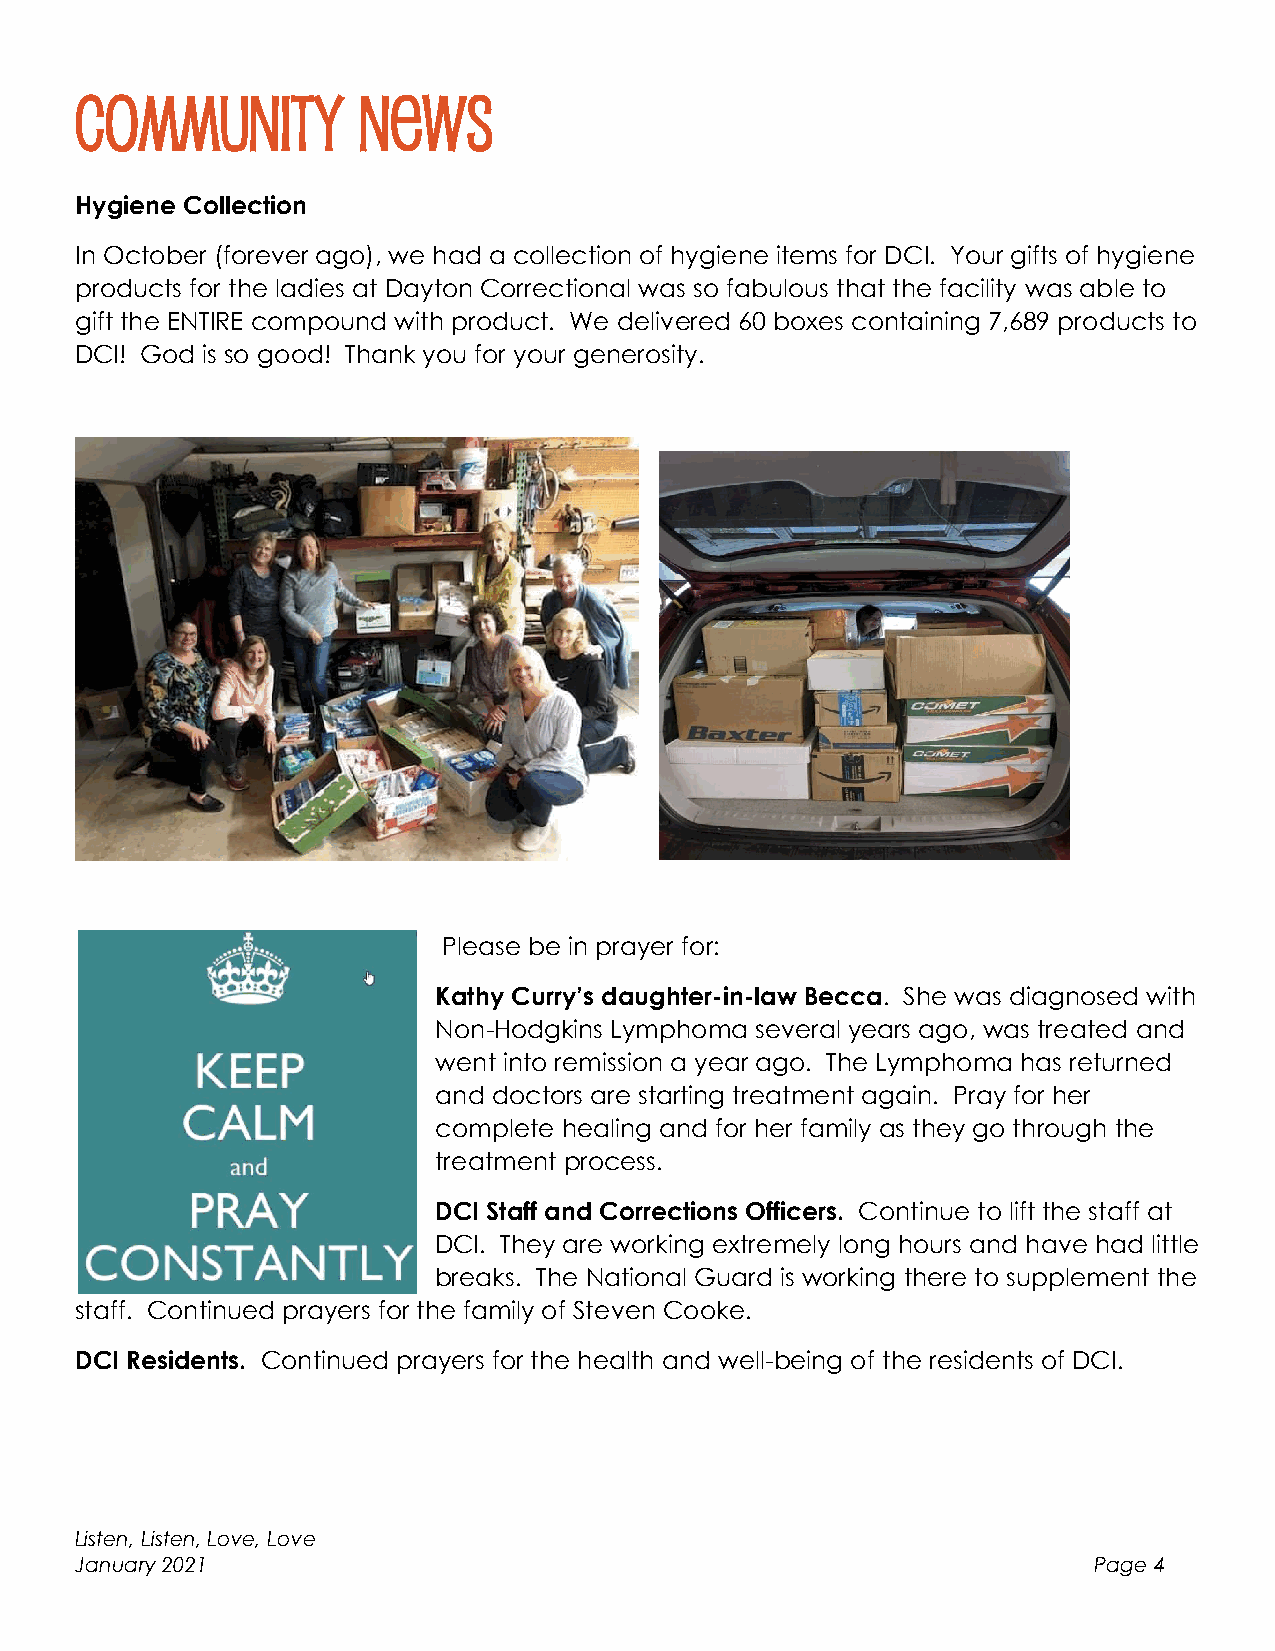
Community          News
 Hygiene Collection
 In October (forever ago), we had a collection of hygiene items for DCI. Your gifts of hygiene
 products for the ladies at Dayton Correctional was so fabulous that the facility was able to
 gift the ENTIRE compound with product. We delivered 60 boxes containing 7,689 products to
 DCI! God is so good! Thank you for your generosity.
 Please be in prayer for:
 Kathy Curry’s daughter-in-law Becca. She was diagnosed with
 Non-Hodgkins Lymphoma several years ago, was treated and
 went into remission a year ago. The Lymphoma has returned
 and doctors are starting treatment again. Pray for her
 complete healing and for her family as they go through the
 treatment process.
 DCI Staff and Corrections Officers. Continue to lift the staff at
 DCI. They are working extremely long hours and have had little
 breaks. The National Guard is working there to supplement the
 staff. Continued prayers for the family of Steven Cooke.
 DCI Residents. Continued prayers for the health and well-being of the residents of DCI.
 Listen, Listen, Love, Love
 January 2021                                                       Page 4